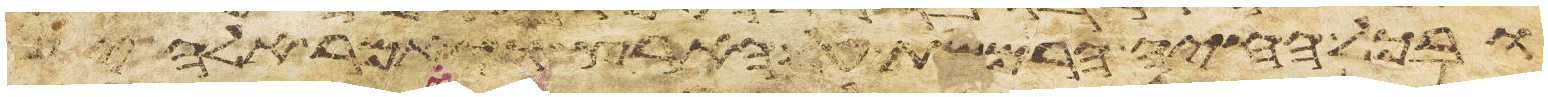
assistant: ובכל החיה הרמשת על הארץ ויאמר אלהים